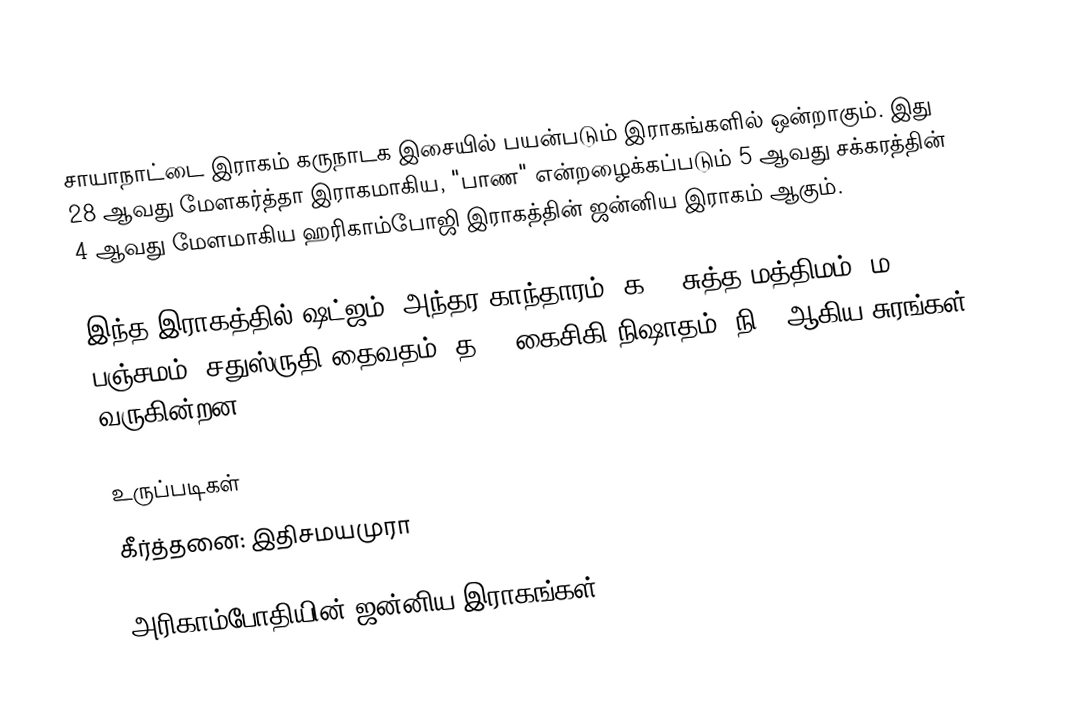
சாயாநாட்டை இராகம் கருநாடக இசையில் பயன்படும் இராகங்களில் ஒன்றாகும். இது 28 ஆவது மேளகர்த்தா இராகமாகிய, "பாண" என்றழைக்கப்படும் 5 ஆவது சக்கரத்தின் 4 ஆவது மேளமாகிய ஹரிகாம்போஜி இராகத்தின் ஜன்னிய இராகம் ஆகும்.

இந்த இராகத்தில் ஷட்ஜம், அந்தர காந்தாரம் (க3), சுத்த மத்திமம் (ம1), பஞ்சமம், சதுஸ்ருதி தைவதம் (த2), கைசிகி நிஷாதம்  (நி2) ஆகிய சுரங்கள் வருகின்றன.

உருப்படிகள்
 கீர்த்தனை: இதிசமயமுரா

அரிகாம்போதியின் ஜன்னிய இராகங்கள்